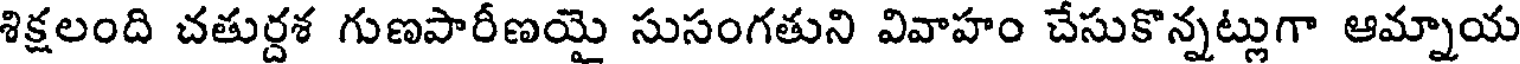
శిక్షలంది చతుర్దశ గుణపారీణయై సుసంగతుని వివాహం చేసుకొన్నట్లుగా ఆమ్నాయ